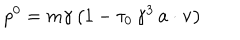
p ^ { 0 } = m \gamma \, \bigl ( 1 - \tau _ { 0 } \, \gamma ^ { 3 } \, { \bf a } \cdot { \bf v } \bigr )